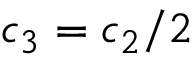
c _ { 3 } = c _ { 2 } / 2